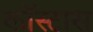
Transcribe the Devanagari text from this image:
कॉस्टास